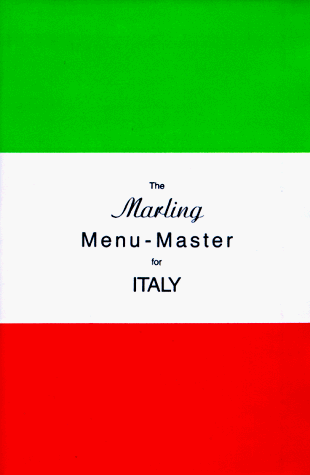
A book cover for The Marling Menu-Master for Italy: A Comprehensive Manual for Translating the Italian Menu into American-English (Marling menu masters series); William E. Marling; Travel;